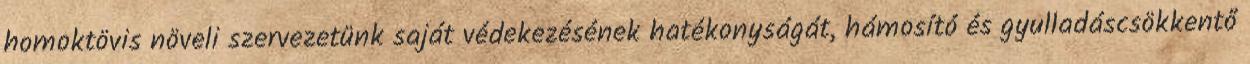
homoktövis növeli szervezetünk saját védekezésének hatékonyságát, hámosító és gyulladáscsökkentő